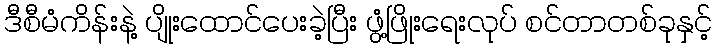
ဒီစီမံကိန်းနဲ့ ပျိုးထောင်ပေးခဲ့ပြီး ဖွံ့ဖြိုးရေးလုပ် စင်တာတစ်ခုနှင့်